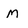
Character: M